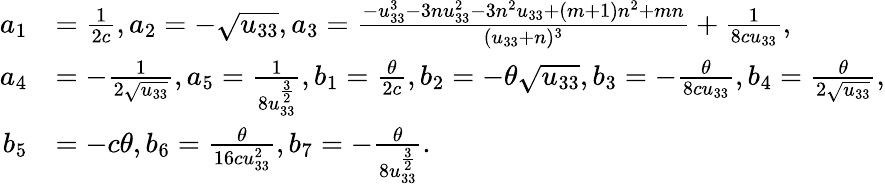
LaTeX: \begin{array}{rl}{a_{1}}&{=\frac{1}{2c},a_{2}=-\sqrt{u_{33}},a_{3}=\frac{-u_{33}^{3}-3nu_{33}^{2}-3n^{2}u_{33}+(m+1)n^{2}+mn}{(u_{33}+n)^{3}}+\frac{1}{8cu_{33}},}\\ {a_{4}}&{=-\frac{1}{2\sqrt{u_{33}}},a_{5}=\frac{1}{8u_{33}^{\frac{3}{2}}},b_{1}=\frac{\theta}{2c},b_{2}=-\theta\sqrt{u_{33}},b_{3}=-\frac{\theta}{8cu_{33}},b_{4}=\frac{\theta}{2\sqrt{u_{33}}},}\\ {b_{5}}&{=-c\theta,b_{6}=\frac{\theta}{16cu_{33}^{2}},b_{7}=-\frac{\theta}{8u_{33}^{\frac{3}{2}}}.}\end{array}